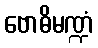
ဗောဓိမဏ္ဍံ